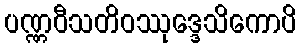
ပဏ္ဏဝီသတိဝဿုဒ္ဒေသိကောပိ